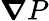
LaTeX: {\boldsymbol\nabla}P